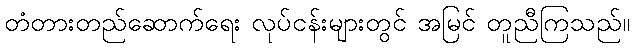
တံတားတည်ဆောက်ရေး လုပ်ငန်းများတွင် အမြင် တူညီကြသည်။